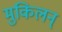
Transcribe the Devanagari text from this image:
मुकिलन्